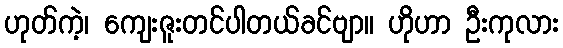
ဟုတ်ကဲ့၊ ကျေးဇူးတင်ပါတယ်ခင်ဗျာ။ ဟိုဟာ ဦးကုလား